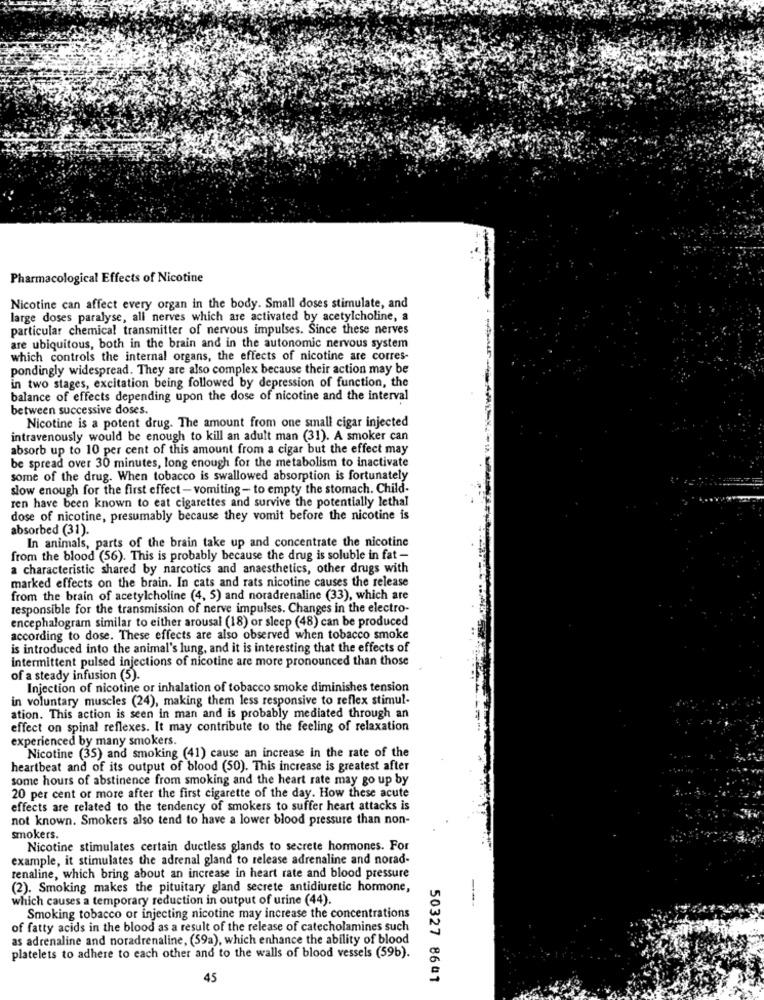
Pharmacological Effects of Nicotine
Nicotine can affect every organ in the body. Small doses stimulate, and
large doses paralyse, all nerves which are activated by acetylcholine, a
particular chemical transmitter of nervous impulses. Since these nerves
are ubiquitous, both in the brain and in the autonomic nervous system
which controls the internal organs, the effects of nicotine are corres-
pondingly widespread. They are also complex because their action may be
in two stages, excitation being followed by depression of function, the
balance of effects depending upon the dose of nicotine and the interval
between successive doses.
Nicotine is a potent drug. The amount from one small cigar injected
intravenously would be enough to kill an adult man (31). A smoker can
absorb up to 10 per cent of this amount from a cigar but the effect may
be spread over 30 minutes, long enough for the metabolism to inactivate
some of the drug. When tobacco is swallowed absorption is fortunately
slow enough for the first effect - vomiting- to empty the stomach. Child-
ren have been known to eat cigarettes and survive the potentially lethal
dose of nicotine, presumably because they vomit before the nicotine is
absorbed (31).
In animals, parts of the brain take up and concentrate the nicotine
from the blood (56). This is probably because the drug is soluble in fat -
a characteristic shared by narcotics and anaesthetics, other drugs with
marked effects on the brain. In cats and rats nicotine causes the release
from the brain of acetylcholine (4, 5) and noradrenaline (33), which are
responsible for the transmission of nerve impulses. Changes in the electro-
encephalogram similar to either arousal (18) or sleep (48) can be produced
according to dose. These effects are also observed when tobacco smoke
is introduced into the animal's lung, and it is interesting that the effects of
intermittent pulsed injections of nicotine are more pronounced than those
of a steady infusion (5).
Injection of nicotine or inhalation of tobacco smoke diminishes tension
in voluntary muscles (24), making them less responsive to reflex stimul-
ation. This action is seen in man and is probably mediated through an
effect on spinal reflexes. It may contribute to the feeling of relaxation
experienced by many smokers.
Nicotine (35) and smoking (41) cause an increase in the rate of the
heartbeat and of its output of blood (50). This increase is greatest after
some hours of abstinence from smoking and the heart rate may go up by
20 per cent or more after the first cigarette of the day. How these acute
effects are related to the tendency of smokers to suffer heart attacks is
not known. Smokers also tend to have a lower blood pressure than non-
smokers.
Nicotine stimulates certain ductless glands to secrete hormones. For
example, it stimulates the adrenal gland to release adrenaline and norad-
renaline, which bring about an increase in heart rate and blood pressure
(2). Smoking makes the pituitary gland secrete antidiuretic hormone,
which causes a temporary reduction in output of urine (44).
---
Smoking tobacco or injecting nicotine may increase the concentrations
of fatty acids in the blood as a result of the release of catecholamines such
as adrenaline and noradrenaline, (59a), which enhance the ability of blood
platelets to adhere to each other and to the walls of blood vessels (59b).
45
50327 8601